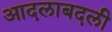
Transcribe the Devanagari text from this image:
आदलाबदली